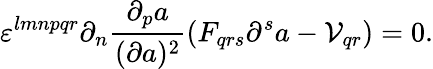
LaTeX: \varepsilon^{lmnpqr}\partial_{n}{\frac{\partial_{p}a}{(\partial a)^{2}}}(F_{qrs}\partial^{s}a-{\cal V}_{qr})=0.